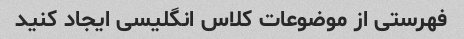
فهرستی از موضوعات کلاس انگلیسی ایجاد کنید